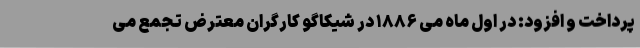
پرداخت و افزود: در اول ماه مِی ۱۸۸۶ در شیکاگو کارگران معترض تجمع می